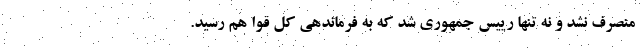
منصرف نشد و نه تنها رییس جمهوری شد که به فرماندهی کل قوا هم رسید.